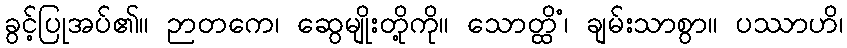
ခွင့်ပြုအပ်၏။ ဉာတကေ၊ ဆွေမျိုးတို့ကို။ သောတ္ထိံ၊ ချမ်းသာစွာ။ ပဿာဟိ၊